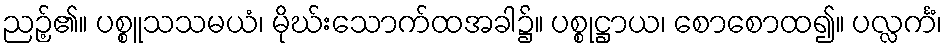
ညဉ့်၏။ ပစ္စူသသမယံ၊ မိုဃ်းသောက်ထအခါ၌။ ပစ္စုဋ္ဌာယ၊ စောစောထ၍။ ပလ္လင်္ကံ၊